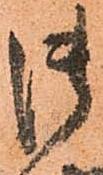
御